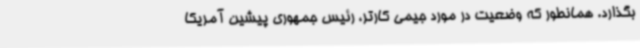
بگذارد. همانطور که وضعیت در مورد جیمی کارتر، رئیس جمهوری پیشین آمریکا